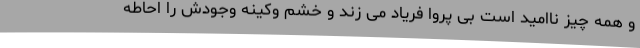
و همه چیز ناامید است بی پروا فریاد می زند و خشم وکینه وجودش را احاطه